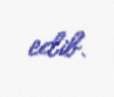
edib.